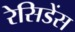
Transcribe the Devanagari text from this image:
रेसिडेंस